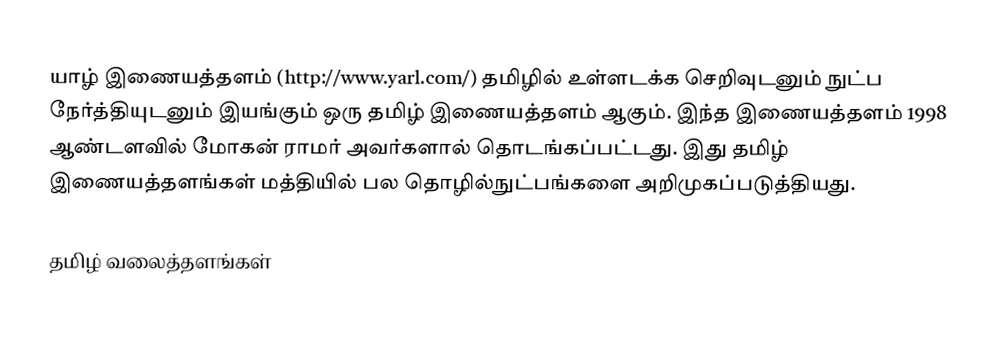
யாழ் இணையத்தளம் (http://www.yarl.com/) தமிழில் உள்ளடக்க செறிவுடனும் நுட்ப நேர்த்தியுடனும் இயங்கும் ஒரு தமிழ் இணையத்தளம் ஆகும்.  இந்த இணையத்தளம் 1998 ஆண்டளவில் மோகன் ராமர் அவர்களால் தொடங்கப்பட்டது.  இது தமிழ் இணையத்தளங்கள் மத்தியில் பல தொழில்நுட்பங்களை அறிமுகப்படுத்தியது.

தமிழ் வலைத்தளங்கள்